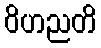
ဝိဟညတိ